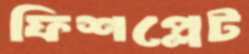
ফিশপ্লেট